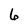
Character: 6